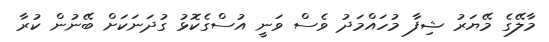
މާލޭގެ މޭޔަރު ޝިފާ މުހައްމަދު ވެސް ވަނީ އުސްގެކޮޅު ގުދަނަކަށް ބޭނުން ކުރާ